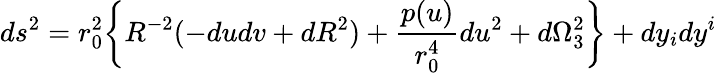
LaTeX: ds^{2}=r_{0}^{2}\bigg\{ R^{-2}(-dudv+dR^{2})+{\frac{p(u)}{r_{0}^{4}}}du^{2}+d\Omega_{3}^{2}\biggr\} +dy_{i}dy^{i}